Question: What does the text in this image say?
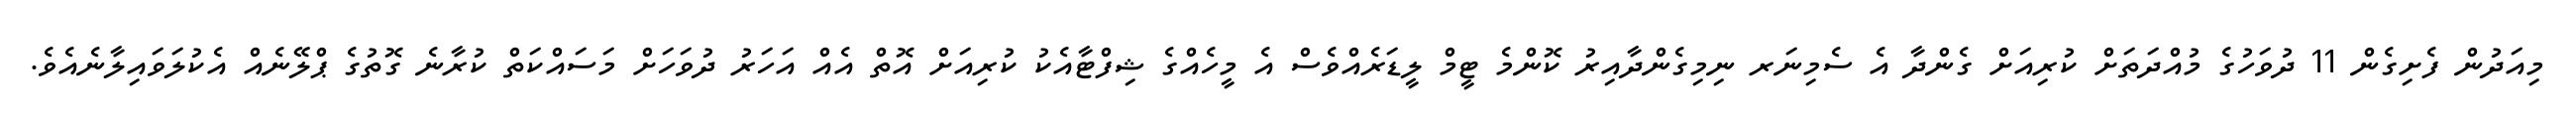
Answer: މިއަދުން ފެށިގެން 11 ދުވަހުގެ މުއްދަތަށް ކުރިއަށް ގެންދާ އެ ސެމިނަރ ނިމިގެންދާއިރު ކޮންމެ ޓީމް ލީޑަރެއްވެސް އެ މީހެއްގެ ޝިފްޓާއެކު ކުރިއަށް އޮތް އެއް އަހަރު ދުވަހަށް މަސައްކަތް ކުރާނެ ގޮތުގެ ޕްލޭނެއް އެކުލަވައިލާނެއެވެ.